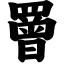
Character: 罾